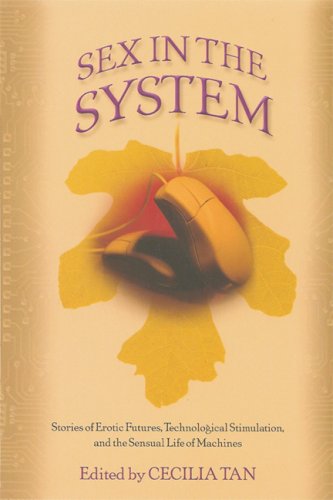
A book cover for Sex in the System: Stories of Erotic Futures, Technological Stimulation, and the Sensual Life of Machines; Romance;